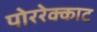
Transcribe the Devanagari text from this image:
पोररेक्काट